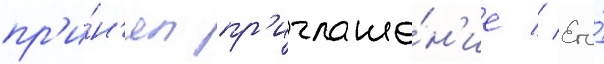
пр'и́н'ял пр'иглаше́н'ие // Его́